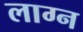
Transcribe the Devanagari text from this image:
लाग्न